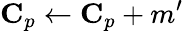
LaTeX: \mathbf{C}_{p}\gets\mathbf{C}_{p}+m^{\prime}